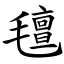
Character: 氊